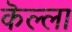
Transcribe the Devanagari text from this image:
कॆल्ला